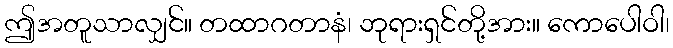
ဤအတူသာလျှင်။ တထာဂတာနံ၊ ဘုရားရှင်တို့အား။ ကောပေါဝါ၊